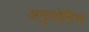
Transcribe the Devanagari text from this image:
अनुमोदित्त